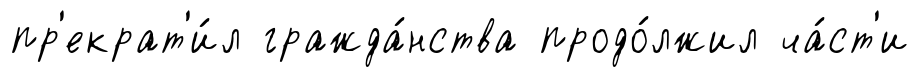
пр'екрат'и́л гражда́нства продо́лжил ча́ст'и